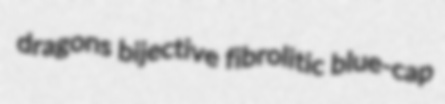
dragons bijective fibrolitic blue-cap